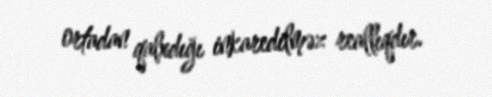
ortadan qalxdığı inkaredilməz reallıqdır.